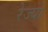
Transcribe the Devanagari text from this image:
रेज्यों